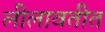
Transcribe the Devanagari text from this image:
लीलावतीत